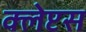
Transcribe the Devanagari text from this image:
क्लेप्टस